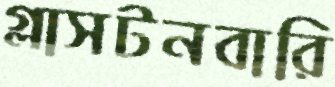
গ্লাসটনবারি